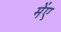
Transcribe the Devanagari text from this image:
मेंए